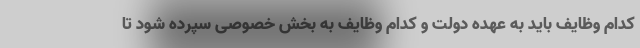
کدام وظایف باید به عهده دولت و کدام وظایف به بخش خصوصی سپرده شود تا